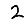
Digit: 2